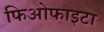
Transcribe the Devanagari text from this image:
फिओफाइटा